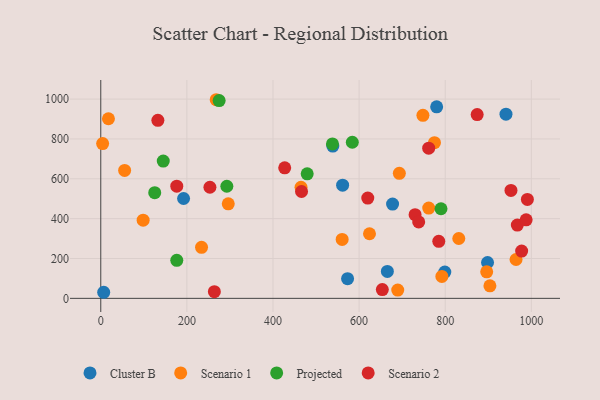
{"axis": {"x": "Price", "y": "Demand"}, "legend": ["Cluster B", "Projected", "Scenario 1", "Scenario 2"], "data": [{"x": "799.0", "y": 132.0, "type": "Cluster B"}, {"x": "677.7", "y": 473.3, "type": "Cluster B"}, {"x": "780.1", "y": 961.2, "type": "Cluster B"}, {"x": "192.3", "y": 501.0, "type": "Cluster B"}, {"x": "6.8", "y": 30.5, "type": "Cluster B"}, {"x": "573.2", "y": 98.5, "type": "Cluster B"}, {"x": "941.1", "y": 924.3, "type": "Cluster B"}, {"x": "665.6", "y": 135.2, "type": "Cluster B"}, {"x": "538.9", "y": 764.0, "type": "Cluster B"}, {"x": "561.7", "y": 568.1, "type": "Cluster B"}, {"x": "898.3", "y": 180.0, "type": "Cluster B"}, {"x": "693.4", "y": 627.4, "type": "Scenario 1"}, {"x": "296.1", "y": 474.6, "type": "Scenario 1"}, {"x": "624.1", "y": 324.3, "type": "Scenario 1"}, {"x": "55.4", "y": 641.8, "type": "Scenario 1"}, {"x": "903.8", "y": 63.0, "type": "Scenario 1"}, {"x": "775.0", "y": 781.4, "type": "Scenario 1"}, {"x": "268.1", "y": 996.8, "type": "Scenario 1"}, {"x": "748.2", "y": 918.4, "type": "Scenario 1"}, {"x": "896.3", "y": 133.3, "type": "Scenario 1"}, {"x": "465.1", "y": 557.1, "type": "Scenario 1"}, {"x": "4.3", "y": 776.5, "type": "Scenario 1"}, {"x": "792.2", "y": 109.9, "type": "Scenario 1"}, {"x": "560.6", "y": 295.9, "type": "Scenario 1"}, {"x": "234.0", "y": 255.9, "type": "Scenario 1"}, {"x": "761.7", "y": 452.9, "type": "Scenario 1"}, {"x": "831.5", "y": 300.3, "type": "Scenario 1"}, {"x": "98.4", "y": 392.3, "type": "Scenario 1"}, {"x": "17.8", "y": 901.4, "type": "Scenario 1"}, {"x": "964.5", "y": 195.1, "type": "Scenario 1"}, {"x": "689.7", "y": 41.3, "type": "Scenario 1"}, {"x": "145.1", "y": 688.9, "type": "Projected"}, {"x": "125.3", "y": 530.4, "type": "Projected"}, {"x": "479.4", "y": 625.0, "type": "Projected"}, {"x": "790.2", "y": 449.7, "type": "Projected"}, {"x": "274.9", "y": 992.7, "type": "Projected"}, {"x": "176.5", "y": 191.0, "type": "Projected"}, {"x": "584.2", "y": 783.4, "type": "Projected"}, {"x": "292.8", "y": 562.7, "type": "Projected"}, {"x": "538.1", "y": 775.1, "type": "Projected"}, {"x": "761.6", "y": 753.5, "type": "Scenario 2"}, {"x": "967.5", "y": 367.6, "type": "Scenario 2"}, {"x": "987.9", "y": 394.1, "type": "Scenario 2"}, {"x": "874.2", "y": 922.5, "type": "Scenario 2"}, {"x": "263.8", "y": 33.3, "type": "Scenario 2"}, {"x": "253.5", "y": 557.5, "type": "Scenario 2"}, {"x": "990.8", "y": 496.5, "type": "Scenario 2"}, {"x": "653.9", "y": 44.3, "type": "Scenario 2"}, {"x": "466.3", "y": 536.3, "type": "Scenario 2"}, {"x": "132.6", "y": 893.5, "type": "Scenario 2"}, {"x": "785.0", "y": 286.3, "type": "Scenario 2"}, {"x": "620.1", "y": 503.2, "type": "Scenario 2"}, {"x": "952.7", "y": 541.6, "type": "Scenario 2"}, {"x": "176.5", "y": 563.2, "type": "Scenario 2"}, {"x": "730.0", "y": 420.1, "type": "Scenario 2"}, {"x": "738.4", "y": 383.4, "type": "Scenario 2"}, {"x": "977.5", "y": 237.3, "type": "Scenario 2"}, {"x": "427.2", "y": 655.2, "type": "Scenario 2"}]}